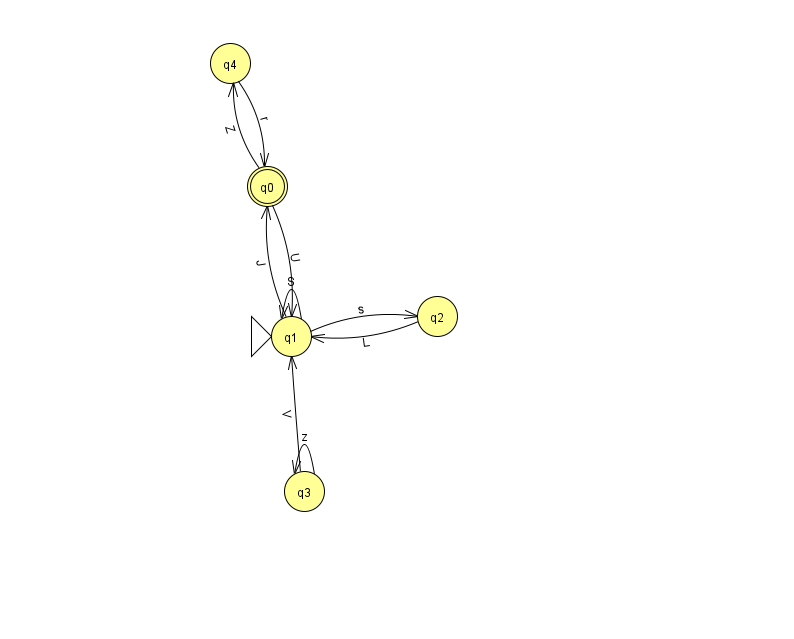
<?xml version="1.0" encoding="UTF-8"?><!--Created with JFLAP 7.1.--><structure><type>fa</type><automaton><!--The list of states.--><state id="0" name="q0"><x>267.0</x><y>173.0</y><final/></state><state id="1" name="q1"><x>291.0</x><y>323.0</y><initial/></state><state id="2" name="q2"><x>437.0</x><y>303.0</y></state><state id="3" name="q3"><x>304.0</x><y>478.0</y></state><state id="4" name="q4"><x>230.0</x><y>50.0</y></state><!--The list of transitions.--><transition><from>0</from><to>4</to><read>Z</read></transition><transition><from>1</from><to>1</to><read>S</read></transition><transition><from>1</from><to>2</to><read>s</read></transition><transition><from>1</from><to>0</to><read>J</read></transition><transition><from>0</from><to>1</to><read>U</read></transition><transition><from>4</from><to>0</to><read>r</read></transition><transition><from>2</from><to>1</to><read>L</read></transition><transition><from>3</from><to>3</to><read>z</read></transition><transition><from>3</from><to>1</to><read>V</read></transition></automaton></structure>